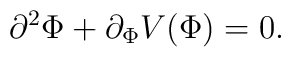
\partial^2 \Phi + \partial_\Phi V(\Phi) =0.